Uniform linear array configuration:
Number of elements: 12
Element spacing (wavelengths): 0.75
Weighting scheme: binomial
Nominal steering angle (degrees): -15
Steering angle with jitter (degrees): -15.022
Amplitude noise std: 0.05
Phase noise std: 0.05

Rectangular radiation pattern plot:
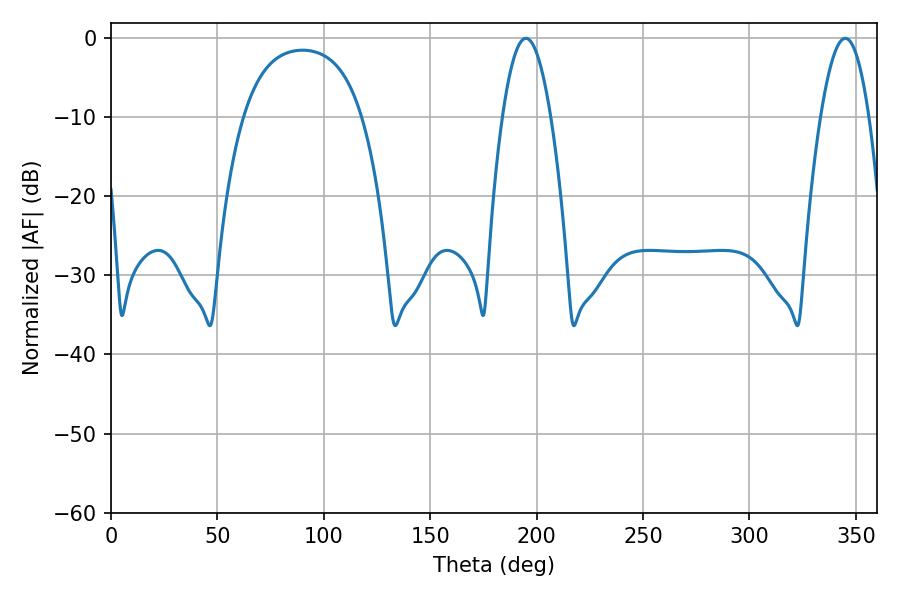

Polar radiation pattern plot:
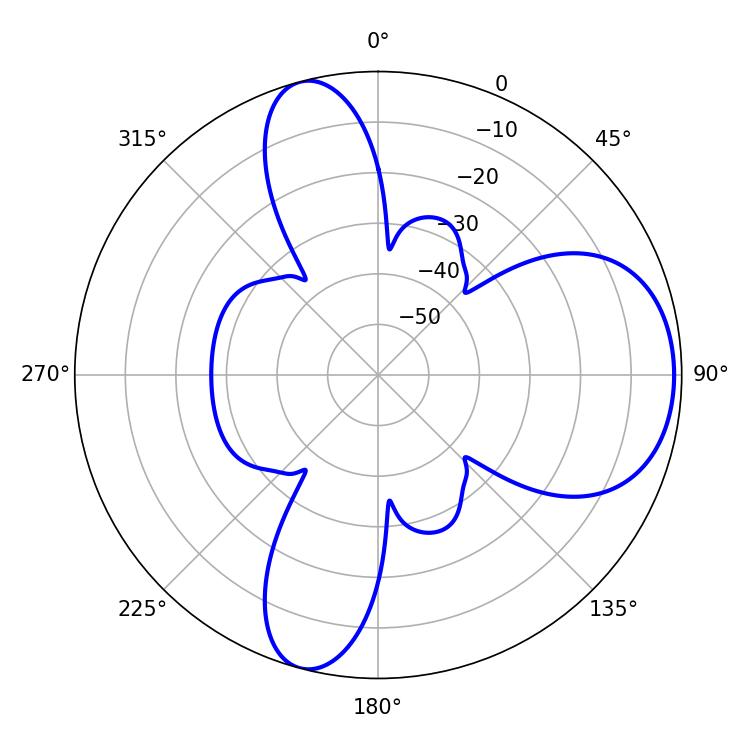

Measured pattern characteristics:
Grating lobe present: TRUE
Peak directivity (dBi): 7.801
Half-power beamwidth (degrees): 12.42
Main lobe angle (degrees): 194.94